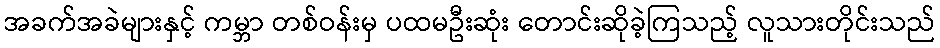
အခက်အခဲများနှင့် ကမ္ဘာ တစ်ဝန်းမှ ပထမဦးဆုံး တောင်းဆိုခဲ့ကြသည့် လူသားတိုင်းသည်